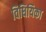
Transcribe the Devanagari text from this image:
विधियिका